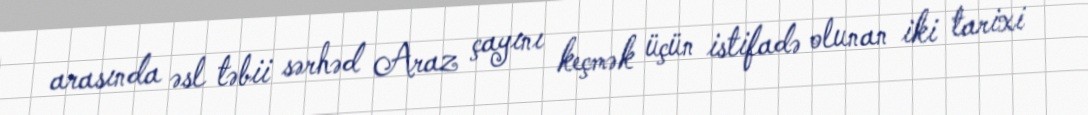
arasında əsl təbii sərhəd Araz çayını keçmək üçün istifadə olunan iki tarixi